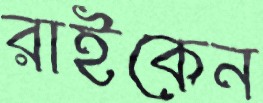
রাইকেন